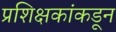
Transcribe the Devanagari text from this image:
प्रशिक्षकांकडून